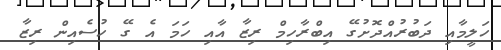
ހަލީމާއި ދަބުރުއްދޮށުގޭ އިބްރާހިމް ރިޒާ އާއި ހަމަ އެ ގޭ ހުސެއިން ރިޒާ